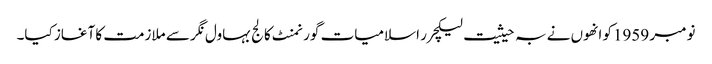
نومبر 1959کو انھوں نے بہ حیثیت لیکچرر اسلامیات گورنمنٹ کالج بہاول نگر سے ملازمت کا آغاز کیا۔